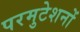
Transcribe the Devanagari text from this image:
परमुटेशनों